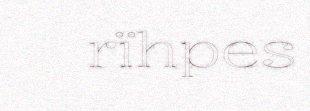
rïhpes